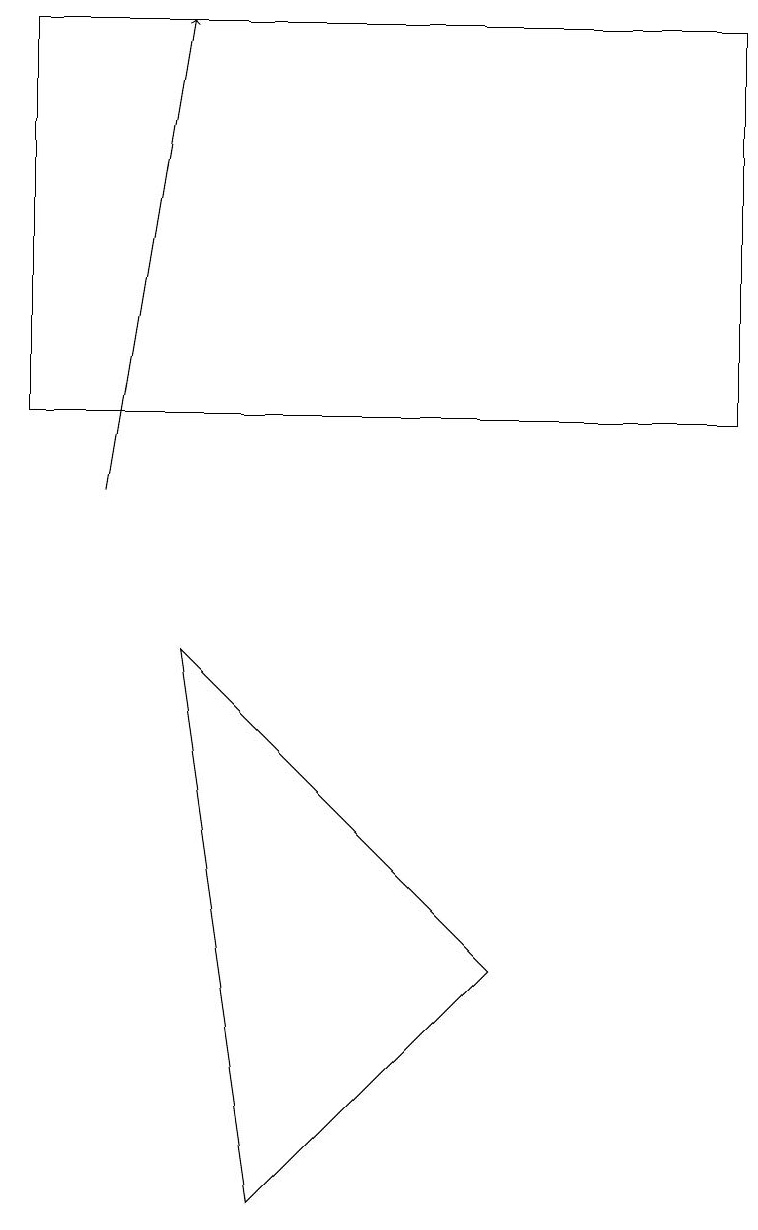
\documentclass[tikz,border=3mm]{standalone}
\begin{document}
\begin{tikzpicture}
\draw (0,16) rectangle (9,11);
\draw[->] (1,10) -- (2,16);
\draw (6,4) -- (3,1) -- (2,8) -- cycle;
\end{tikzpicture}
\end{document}